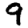
Digit: 9